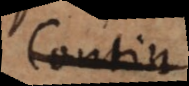
Contin